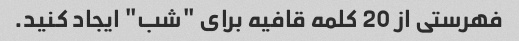
فهرستی از 20 کلمه قافیه برای "شب" ایجاد کنید.